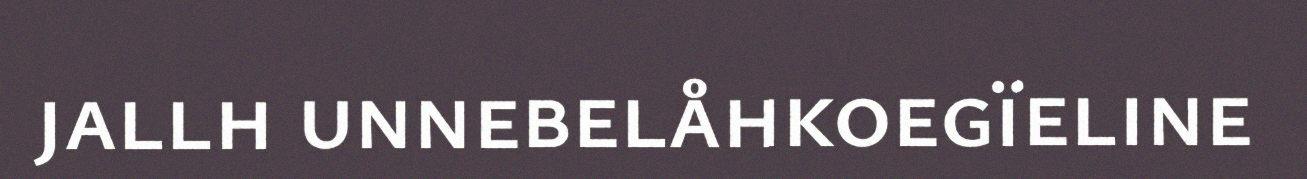
jallh unnebelåhkoegïeline